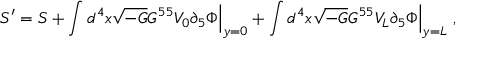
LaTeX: S ^ { \prime } = S + \int d ^ { 4 } x \sqrt { - G } G ^ { 5 5 } V _ { 0 } \partial _ { 5 } \Phi \Bigr | _ { y = 0 } + \int d ^ { 4 } x \sqrt { - G } G ^ { 5 5 } V _ { L } \partial _ { 5 } \Phi \Bigr | _ { y = L } \ ,